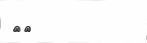
٩٩